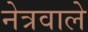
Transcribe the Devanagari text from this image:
नेत्रवाले